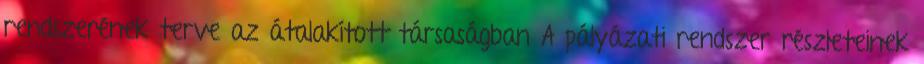
rendszerének terve az átalakított társaságban A pályázati rendszer részleteinek